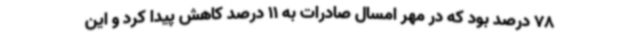
78 درصد بود که در مهر امسال صادرات به 11 درصد کاهش پیدا کرد و این